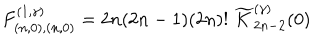
LaTeX: F _ { ( n , 0 ) , ( n , 0 ) } ^ { ( 1 , \gamma ) } = 2 n ( 2 n - 1 ) ( 2 n ) ! \; \widetilde { K } _ { 2 n - 2 } ^ { ( \gamma ) } ( 0 )